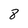
Character: 8